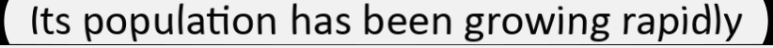
Its population has been growing rapidly